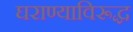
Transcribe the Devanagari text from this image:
घराण्याविरूद्ध